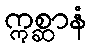
ဣစ္ဆာနံ